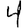
Digit: 4